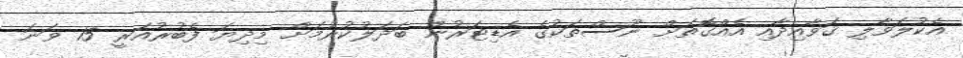
އެކުލަވާލި ޤަވާއިދާއި އެއްގޮތަށް ނޫސްތަކުގެ އެޑިޓަރުން ބަދަލުކުރުމަށް މިދިޔަ ފެބުރުއަރީ 15 ވަނަ